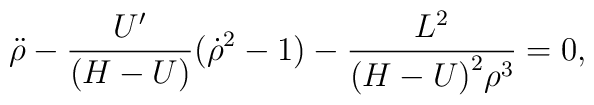
{\ddot \rho} - {U'\over (H-U)}({\dot \rho}^{2} - 1)-{L^{2} \over {{(H-U)}^{2}\rho^{3}}} = 0,